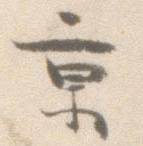
京